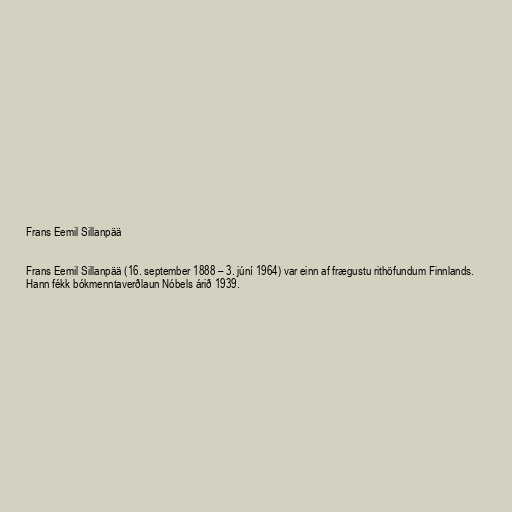
Frans Eemil Sillanpää

Frans Eemil Sillanpää (16. september 1888 – 3. júní 1964) var einn af frægustu rithöfundum Finnlands.
Hann fékk bókmenntaverðlaun Nóbels árið 1939.